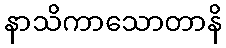
နာသိကာသောတာနိ